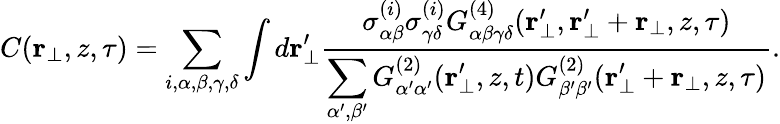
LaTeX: \begin{array}{r}{C(\textbf{r}_{\perp},z,\tau)=\displaystyle\sum_{i,\alpha,\beta,\gamma,\delta}\int d\textbf{r}_{\perp}^{\prime}\frac{\sigma_{\alpha\beta}^{(i)}\sigma_{\gamma\delta}^{(i)}G_{\alpha\beta\gamma\delta}^{(4)}(\textbf{r}_{\perp}^{\prime},\textbf{r}_{\perp}^{\prime}+\textbf{r}_{\perp},z,\tau)}{\displaystyle\sum_{\alpha^{\prime},\beta^{\prime}}G_{\alpha^{\prime}\alpha^{\prime}}^{(2)}(\textbf{r}_{\perp}^{\prime},z,t)G_{\beta^{\prime}\beta^{\prime}}^{(2)}(\textbf{r}_{\perp}^{\prime}+\textbf{r}_{\perp},z,\tau)}.}\end{array}